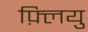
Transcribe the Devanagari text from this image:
फ़्लियु